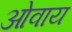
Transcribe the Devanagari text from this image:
ओवाय